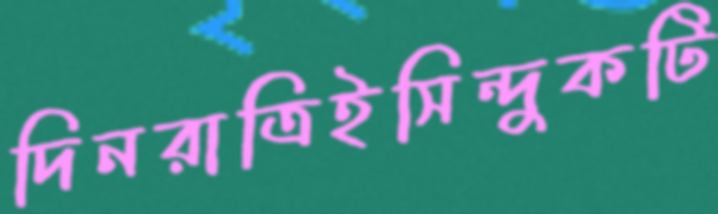
দিনরাত্রিইসিন্দুকটি